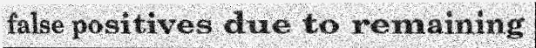
false positives due to remaining